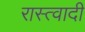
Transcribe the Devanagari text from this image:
रास्त्वादी